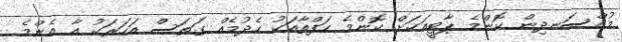
މުއްސަނދިން ކޮންމެ ޕާޓީއަކަށް ކޮންމެ ހަފްތާއަކު ހެދުމެއް ގަތަސް އަހަރަކު އާ އެންމެ